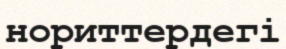
нориттердегі